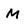
Character: M